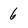
Character: 6